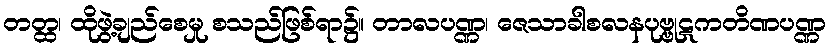
တတ္ထ၊ ထိုဖွဲ့ချည်စေမှု စသည်ဖြစ်ရာ၌။ တာလပဏ္ဏ၊ ဇေသာခါစလနပုဗ္ဗုဋကတိဏပဏ္ဏ